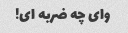
وای چه ضربه ای!